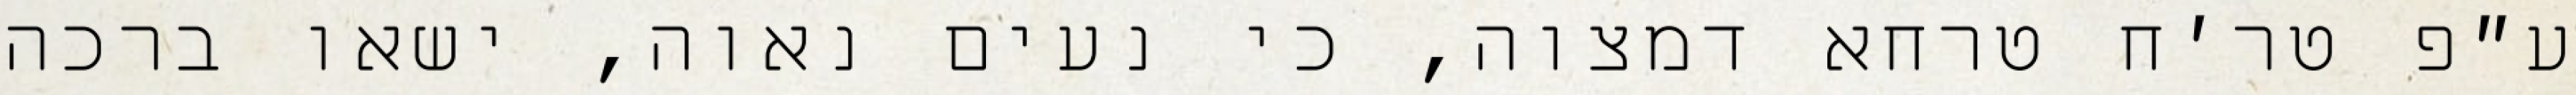
ע״פ טר׳ח טרחא דמצוה, כי נעים נאוה, ישאו ברכה